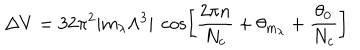
LaTeX: \Delta V = 3 2 \pi ^ { 2 } | m _ { \lambda } \Lambda ^ { 3 } | ~ \cos \left[ { \frac { 2 \pi n } { N _ { c } } } + \theta _ { m _ { \lambda } } + { \frac { \theta _ { 0 } } { N _ { c } } } \right]